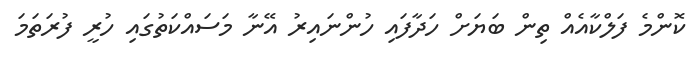
ކޮންމެ ފަލްކާއެއް ތިން ބަޔަށް ހަދާފައި ހުންނައިރު އޭނާ މަސައްކަތުގައި ހުރީ ފުރަތަމަ